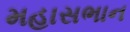
મહાસભાન